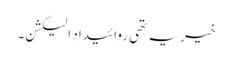
خیر یہ تھی روائیدادِ الیکشن۔